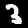
Label: 3